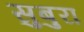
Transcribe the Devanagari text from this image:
सुबुरा